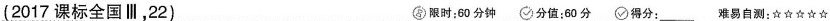
(2017课标全国Ⅲ，22) 限时：60分钟 分值：60分 得分：___ 难易自测：☆☆☆☆☆